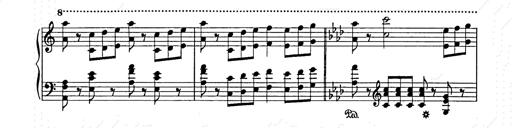
Title: Weihnachtsbaum
Composer: Franz Liszt